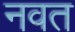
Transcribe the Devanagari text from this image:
नवत